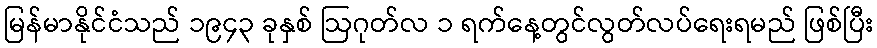
မြန်မာနိုင်ငံသည် ၁၉၄၃ ခုနှစ် ဩဂုတ်လ ၁ ရက်နေ့တွင်လွတ်လပ်ရေးရမည် ဖြစ်ပြီး